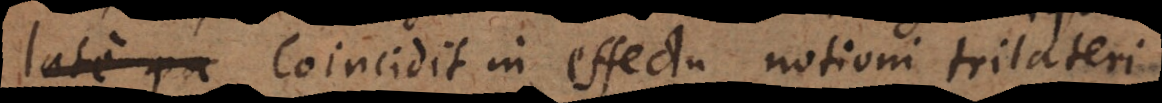
li coincidit in effectu notioni trilateri,